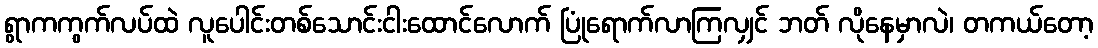
ရွာကကွက်လပ်ထဲ လူပေါင်းတစ်သောင်းငါးထောင်လောက် ပြုံရောက်လာကြလျှင် ဘတ် လိုနေမှာလဲ၊ တကယ်တော့